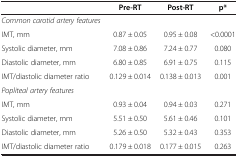
<table><thead><tr><td><b> </b></td><td><b>Pre-RT</b></td><td><b>Post-RT</b></td><td><b>p*</b></td></tr></thead><tbody><tr><td><i>Common carotid artery features</i></td><td> </td><td> </td><td> </td></tr><tr><td>IMT, mm</td><td>0.87 ± 0.05</td><td>0.95 ± 0.08</td><td>&lt;0.0001</td></tr><tr><td>Systolic diameter, mm</td><td>7.08 ± 0.86</td><td>7.24 ± 0.77</td><td>0.080</td></tr><tr><td>Diastolic diameter, mm</td><td>6.80 ± 0.85</td><td>6.91 ± 0.75</td><td>0.115</td></tr><tr><td>IMT/diastolic diameter ratio</td><td>0.129 ± 0.014</td><td>0.138 ± 0.013</td><td>0.001</td></tr><tr><td><i>Popliteal artery features</i></td><td> </td><td> </td><td> </td></tr><tr><td>IMT, mm</td><td>0.93 ± 0.04</td><td>0.94 ± 0.03</td><td>0.271</td></tr><tr><td>Systolic diameter, mm</td><td>5.51 ± 0.50</td><td>5.61 ± 0.46</td><td>0.101</td></tr><tr><td>Diastolic diameter, mm</td><td>5.26 ± 0.50</td><td>5.32 ± 0.43</td><td>0.353</td></tr><tr><td>IMT/diastolic diameter ratio</td><td>0.179 ± 0.018</td><td>0.177 ± 0.015</td><td>0.263</td></tr></tbody></table>